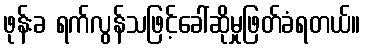
ဖုန်းခ ရက်လွန်သဖြင့်ခေါ်ဆိုမှုဖြတ်ခံရတယ်။